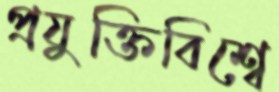
প্রযুক্তিবিশ্বে